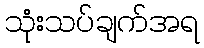
သုံးသပ်ချက်အရ